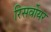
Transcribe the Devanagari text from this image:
रिसर्वोयर